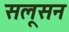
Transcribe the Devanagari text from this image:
सलूसन